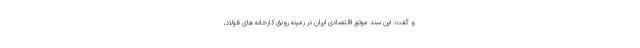
و گفت: این سند موتور اقتصادی ایران در زمینه رونق کارخانه های فولاد،